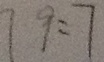
7 9 = 7